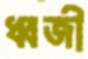
ধ্বজী